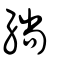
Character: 緔